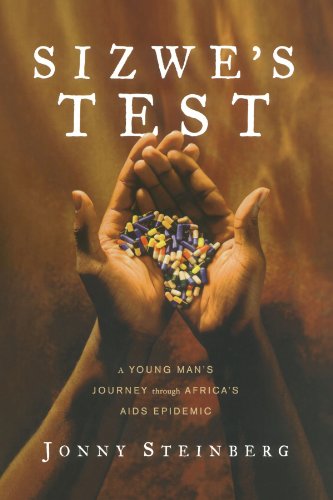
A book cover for Sizwe's Test: A Young Man's Journey Through Africa's AIDS Epidemic; Jonny Steinberg; Health, Fitness & Dieting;